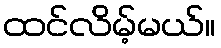
ထင်လိမ့်မယ်။